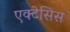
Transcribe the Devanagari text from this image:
एक्टेसिस